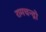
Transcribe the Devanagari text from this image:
रामचन्द्रो